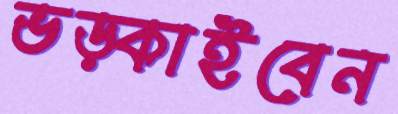
ভড়্‌কাইবেন